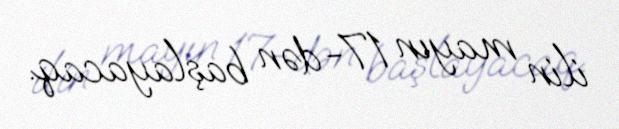
ilin mayın 17-dən başlayacaq.